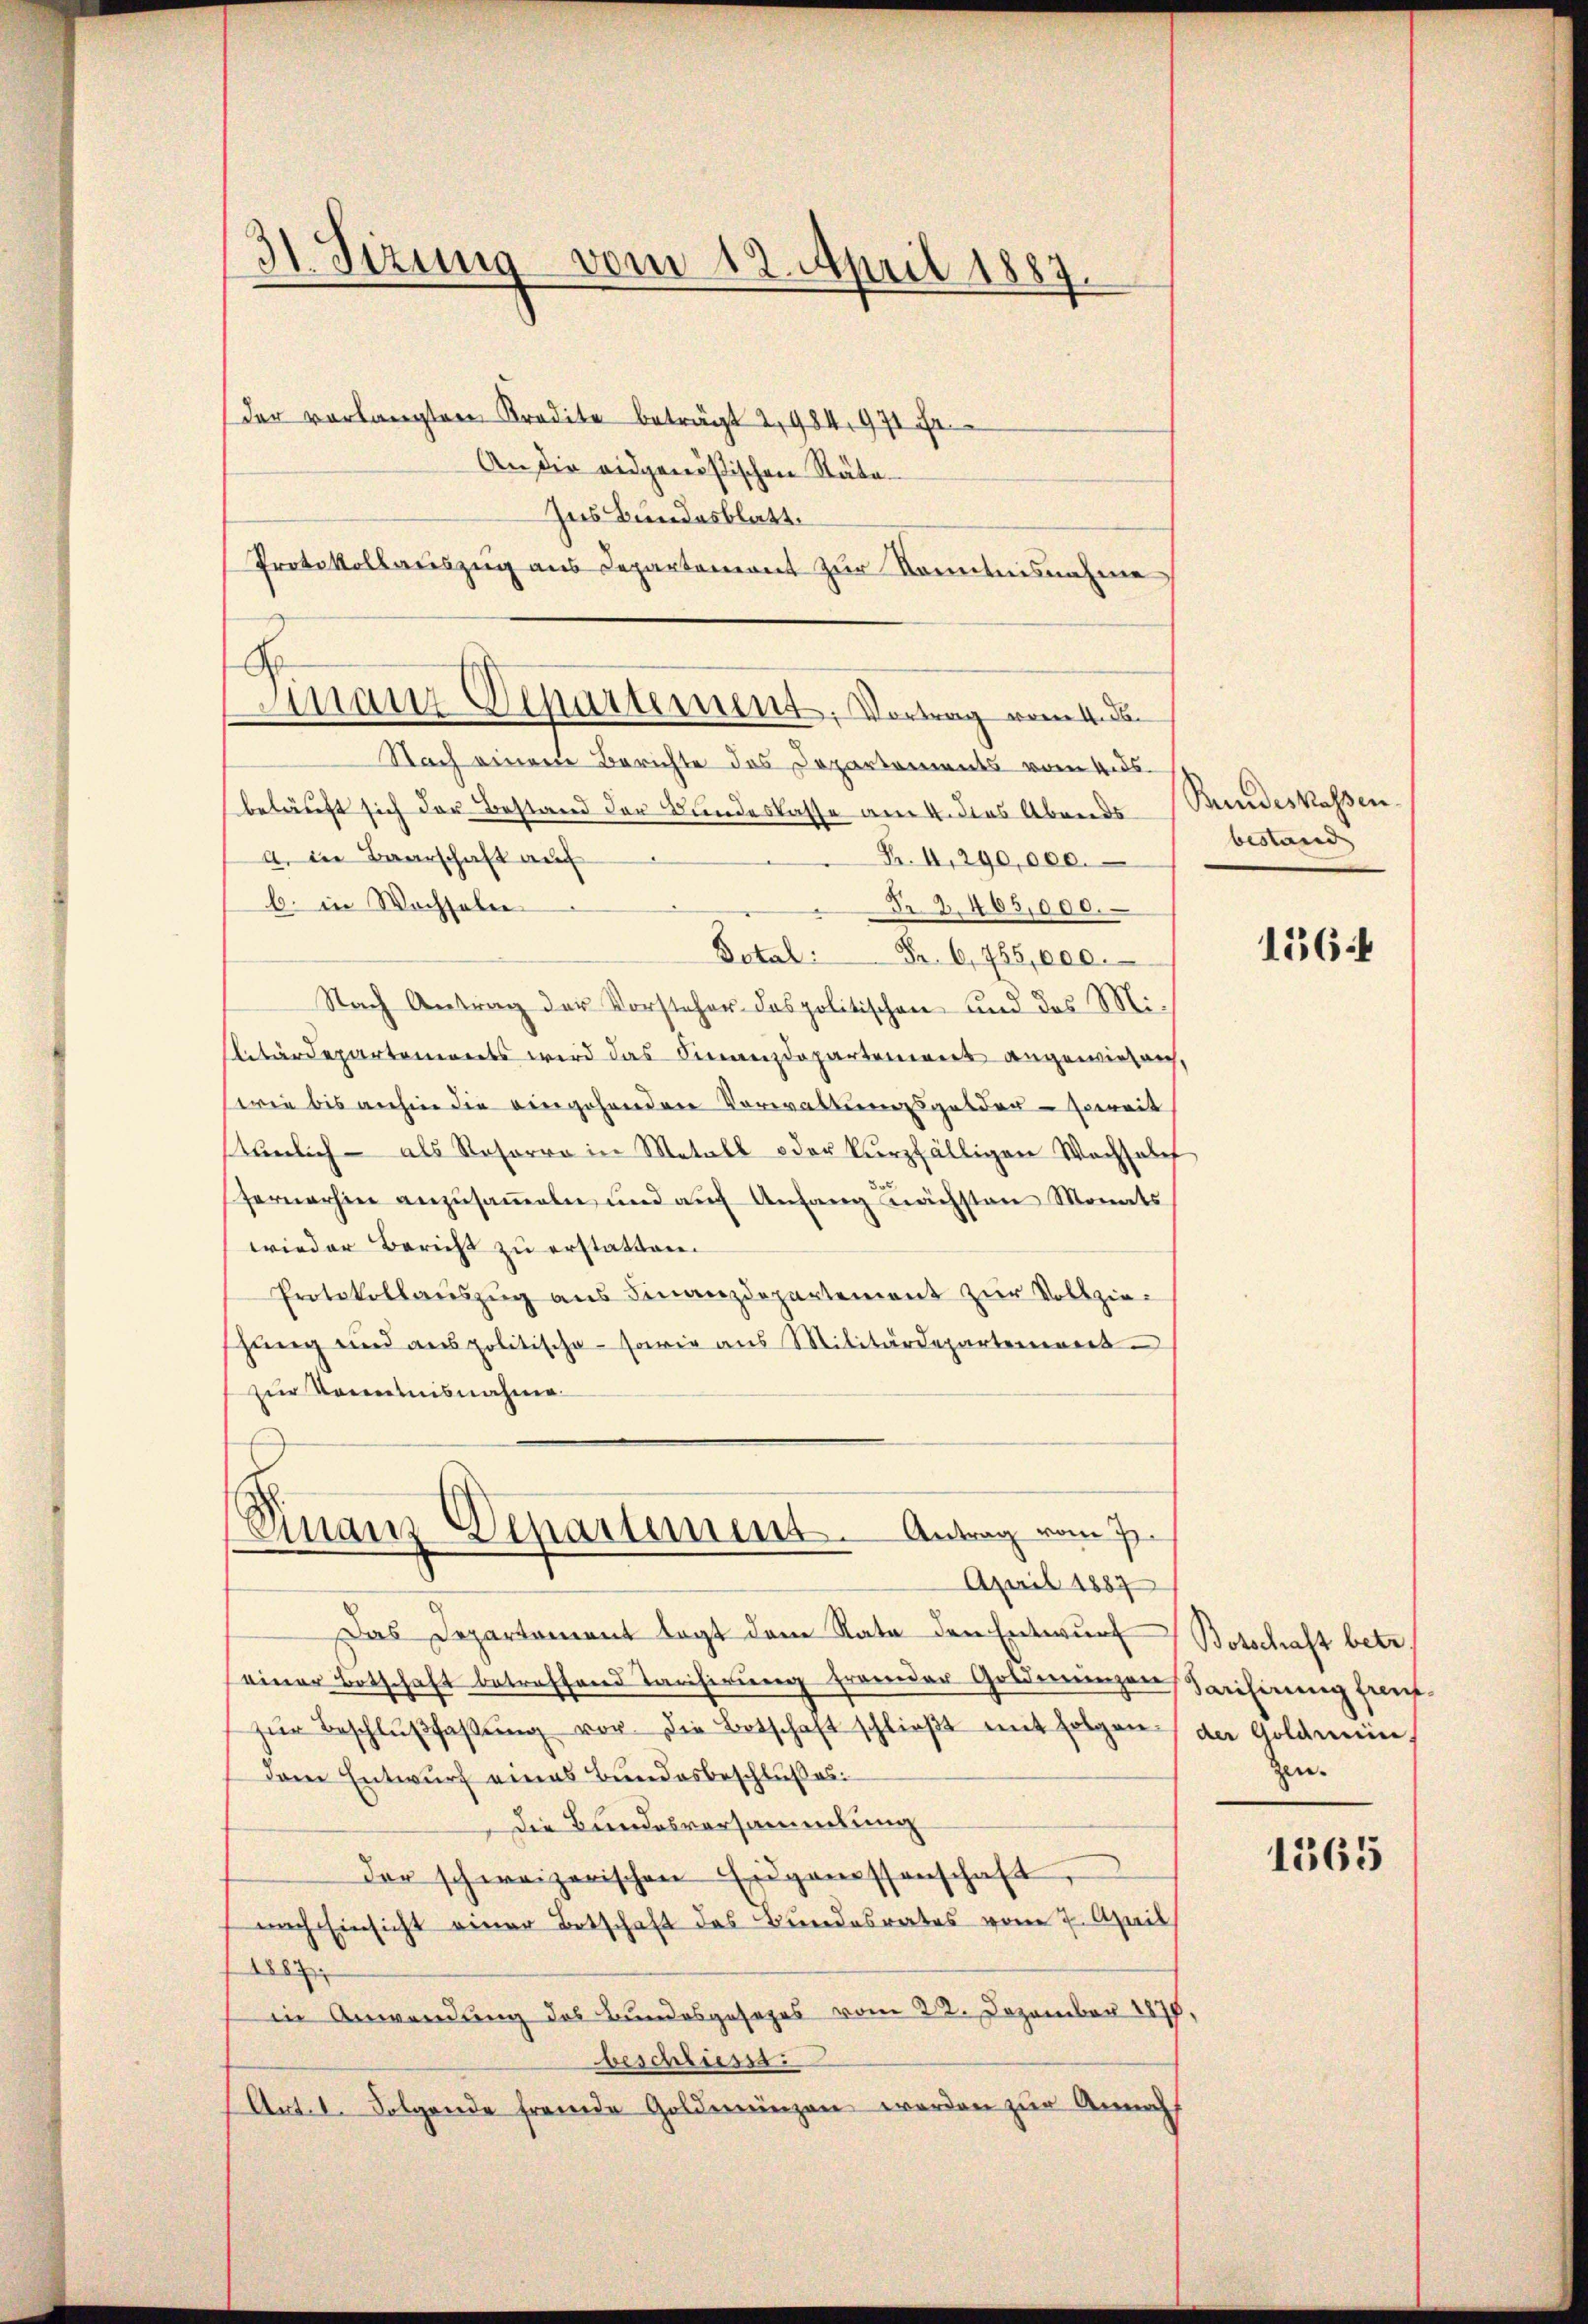
31. Sizung vom 12. April 1887.

G.
Anan Departement, Vortrag vom 4. d.

der vorlangten Kredite beträgt 2, 484, 971 Fr
An die eidgenößischen Räto-
Ins Bundesblatt.
Protokollauszug aus Departement zur Kenntnisnahme
Nach einen Berichte des Departements vom 4. ds.
beläuft sich der Bestand der Bundeskasse am 4. dies Abends
a. in Baarschaft auf
B. II, 290,000.
b. in Wochseln
Nr. 2. 405,000.
Dotal
Fr. 6,755,000.
Nach Antrag der Vorsteher-Dospolitischen und des Mi-
ebärdepartements wird das Finanzdepartenwert angewieserch,
serie bis anhin die eingehenden Vorwaltungsgelder - soweit
stümlich - als Resorre in Metall oder kurzfälligen Wachsabet
fernerhin anzusammeln und auf Anfang nächsten Monats
wieder Bericht zu erstatten.
Protokollauszug aus Finanzdepartement zur Vollzieschung und anspolitische sowie aus Militärdepartement
zur Vortnisnahme.
Rinanz-Departement. Antrag vom 7.
April 1887
Das Departement legt dem Rata den Entwurf
einer Botschaft betreffend Tarifirung fremder Golderungen Tarifirung freut.
zŭr Beschlŭβfaβŭng vor. Die Botschaft schlieβt mit folgen der Goldmündem Entwurf eines Bundesbeschlußes.
Die Bundesversammlung
der schweizerischen Eidgenossenschaft
nach Einsicht einer Botschaft des Bundesrates vom 7. April
1887
in Anwendung des Bundesgesezes vom 22. Dezember 1878
beschliesse.
Art. 1. Folgende fremde Goldmünzen werden zur Annah

Bundeskassen.
bestand

1564

Botschaft betr.
zen.

1565